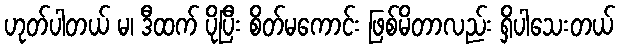
ဟုတ်ပါတယ် မ၊ ဒီထက် ပိုပြီး စိတ်မကောင်း ဖြစ်မိတာလည်း ရှိပါသေးတယ်